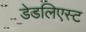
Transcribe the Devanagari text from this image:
डेडलिएस्ट